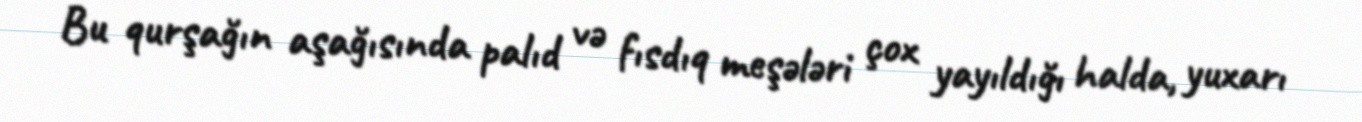
Bu qurşağın aşağısında palıd və fısdıq meşələri çox yayıldığı halda, yuxarı